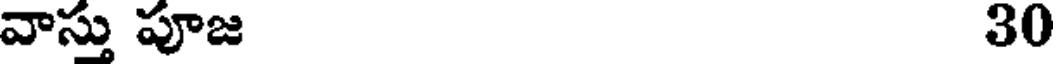
వాస్తు పూజ 30